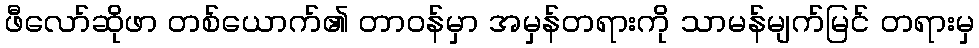
ဖီလော်ဆိုဖာ တစ်ယောက်၏ တာဝန်မှာ အမှန်တရားကို သာမန်မျက်မြင် တရားမှ